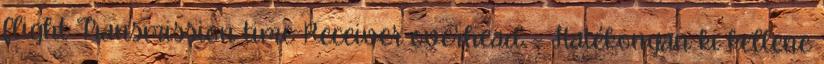
flight Transmission time Receiver overhead – Hatékonyan ki kellene